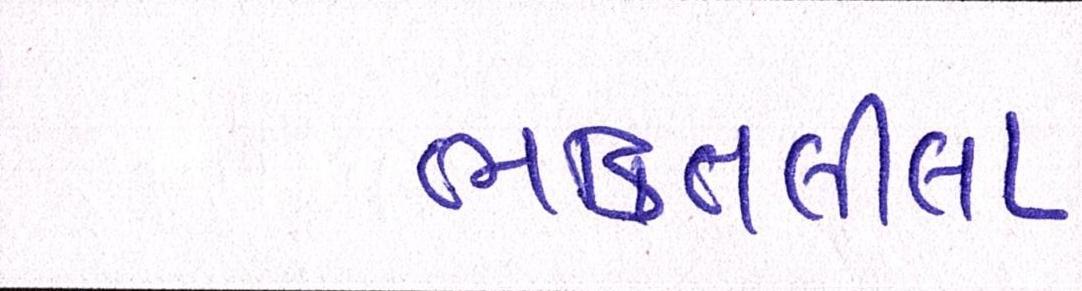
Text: ભક્તિલીલા